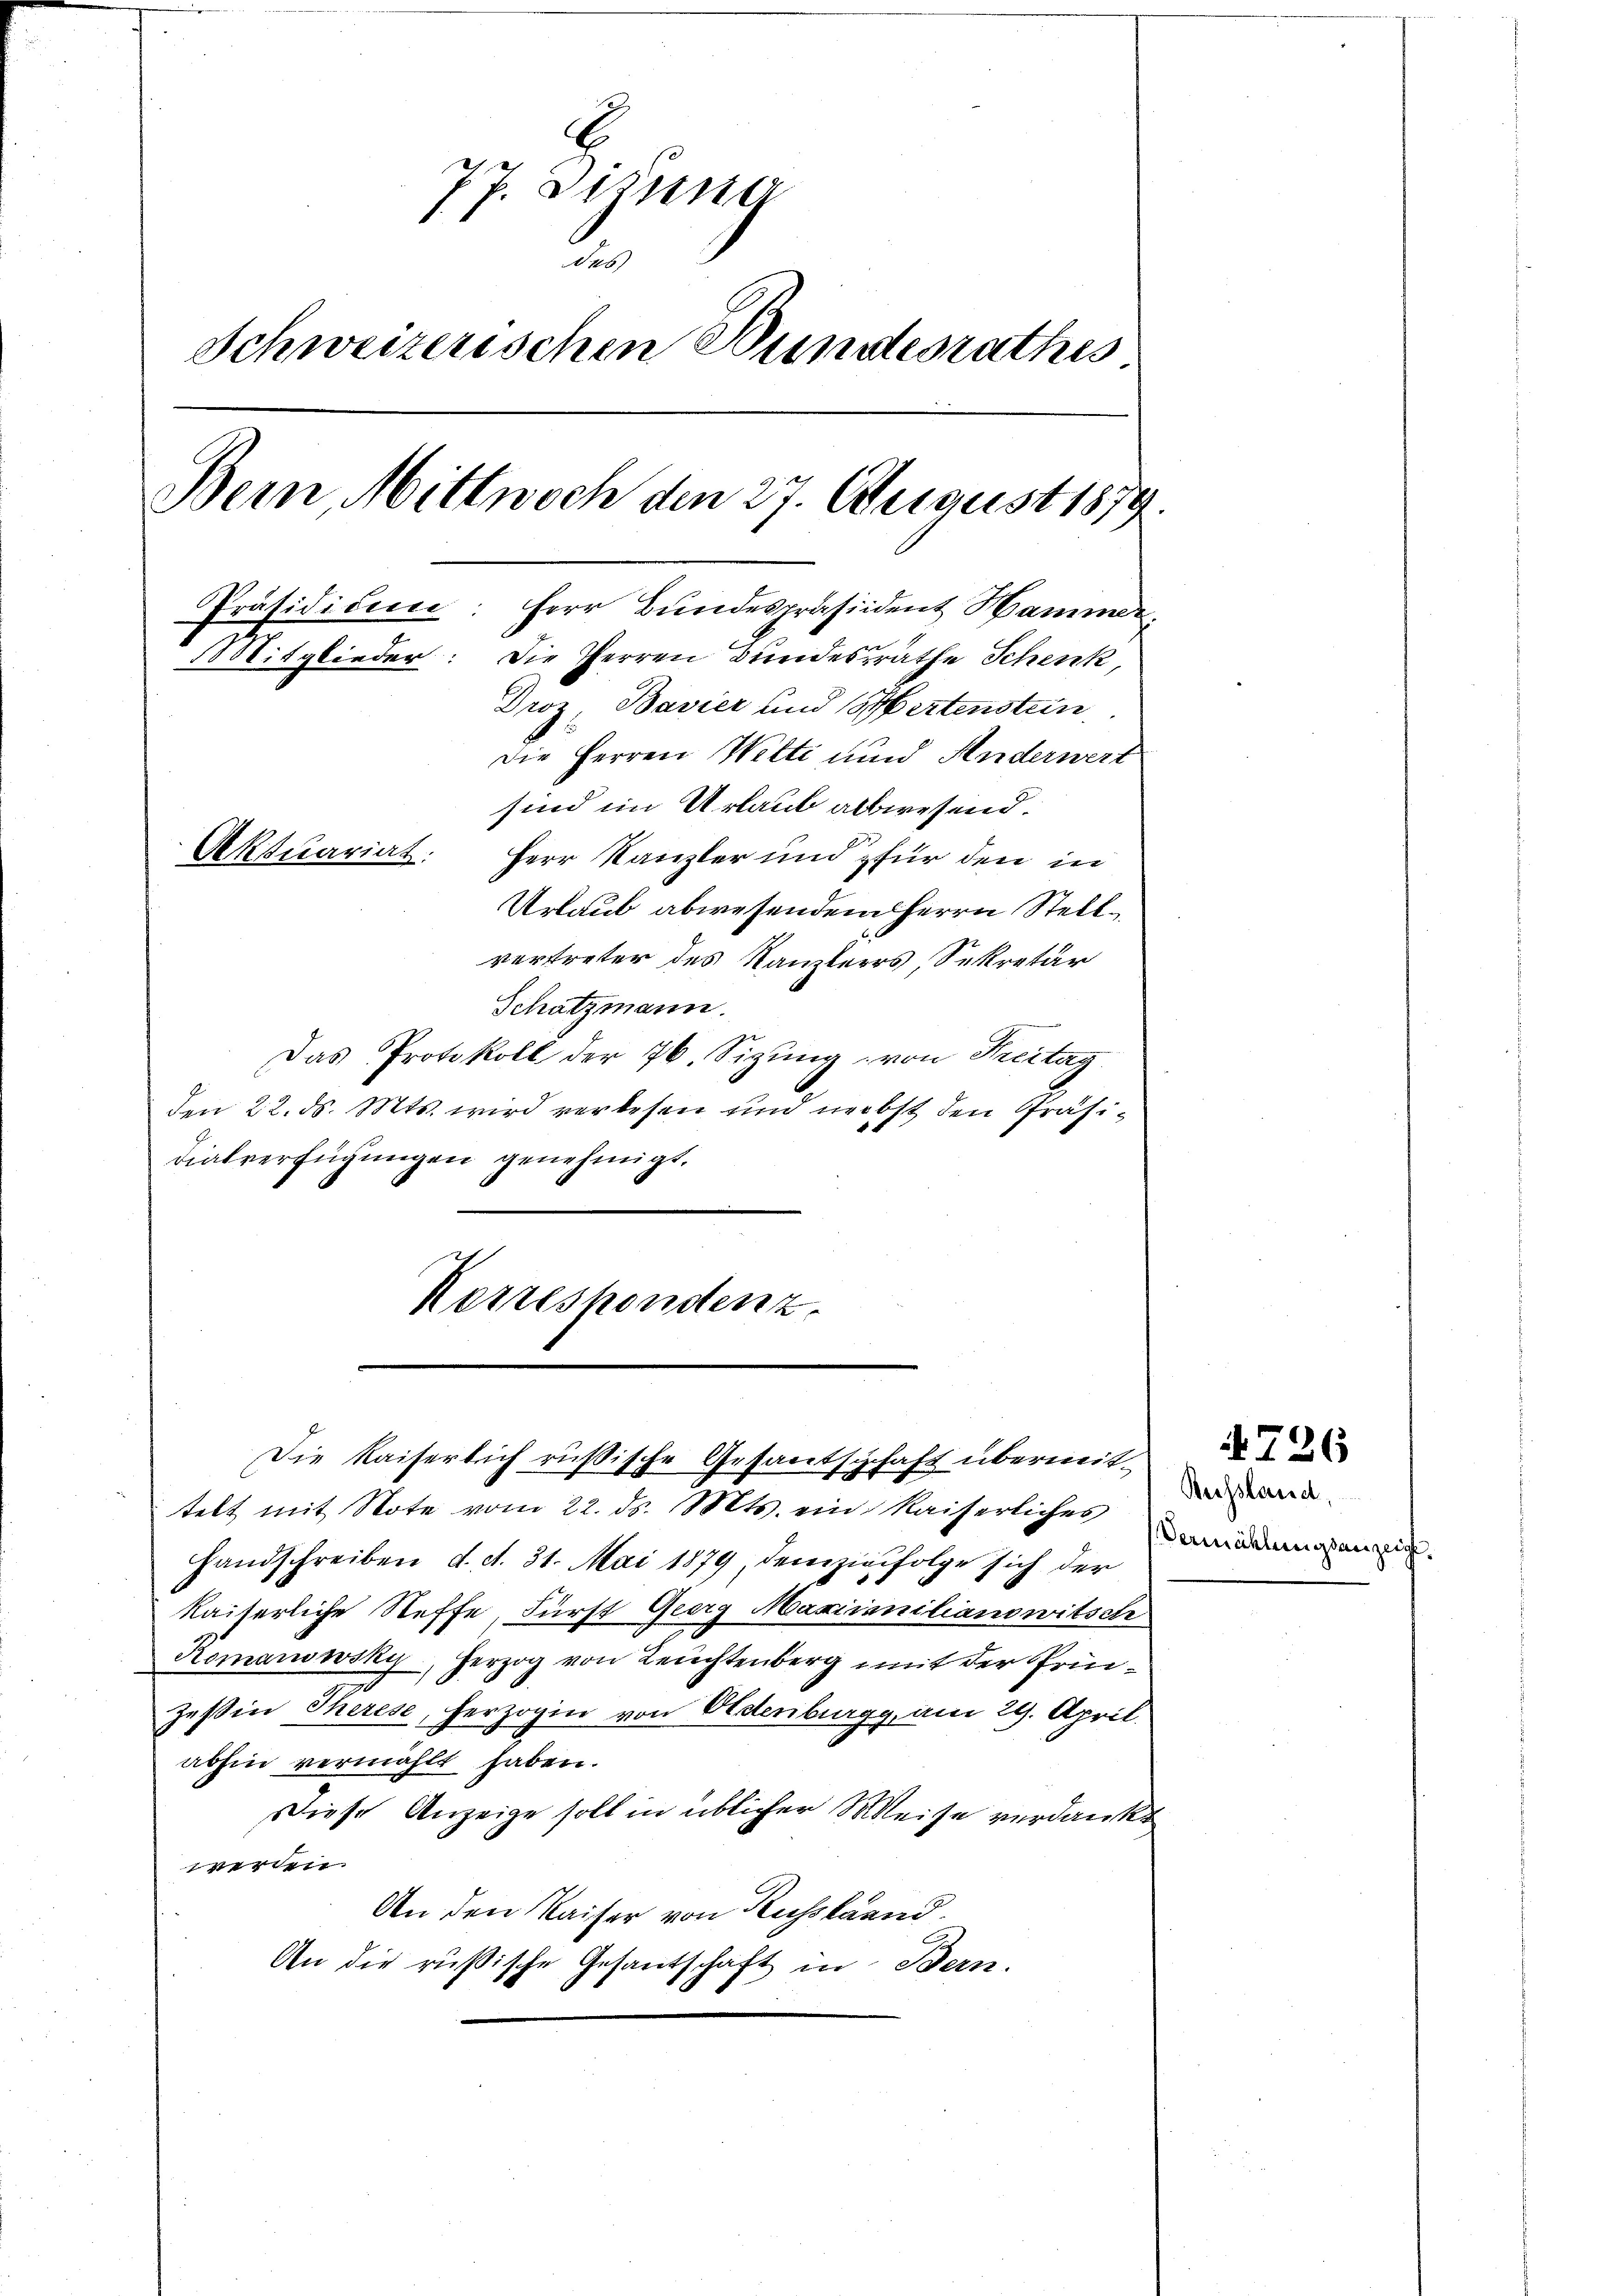
77. Diensa
2.
Schweizerischen Bundesrathes
Bein Mittwoch den 27. August 1879.
Präsididee
Herr Bundespräsident Hammer.
Mitglieder: Die Herren Bundesrathe Schenk,
Droz Bavier und ertenstein
Die Herren Wette und Anderwert
sind im Urlaub allwesend.
Aktuariat: Herr Kanzler und für den in
Urlaub abwesendem Herrn Stellvertreter des Kanzlers Sekretär

Schatzmann.
Das Protokoll der 76 Sizung, von Treitag
den 22. ds. Mts. wird verlesen und nebst den Präsidialverfügungen genehmigt.
Kerzeshondenz

telt mit Note vom 22. ds. Mts. ein Kaiserliches
Handschreiben d. d. 31. Mai 1879, dem zinfolge sich der
kaiterliche Steffe, Fürst Georg Maximanitianowitsch
Romanowsky, Herzog von Leuchtenberg mit der Prinzeßin Therese, herzogin von Oldenburgg, am 29. April.
abhin vermählt haben.
Diese Anzeige soll in üblicher Weise verdankt
werden.
An den Kaiser von Russland.
An die rußische Gesantschaft in Bern.

Die Kaiserlich rüßische Gesantschaft übermit¬

Russland,
Vermählungsanzeigt.

4726